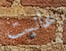
عانيت